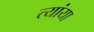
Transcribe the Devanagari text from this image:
त्यांया